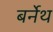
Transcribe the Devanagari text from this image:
बर्नेथ